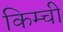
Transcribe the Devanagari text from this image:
किम्ची